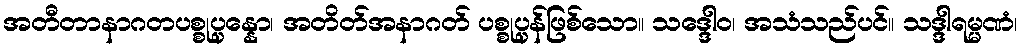
အတီတာနာဂတပစ္စုပ္ပန္နော၊ အတိတ်အနာဂတ် ပစ္စုပ္ပန်ဖြစ်သော။ သဒ္ဒေါဝ၊ အသံသည်ပင်။ သဒ္ဒါရမ္မဏံ၊